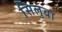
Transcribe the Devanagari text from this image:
सिलुवा